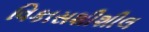
વિકાસશીશીલ